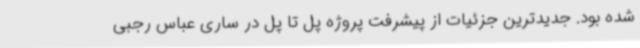
شده بود. جدیدترین جزئیات از پیشرفت پروژه پل تا پل در ساری عباس رجبی